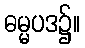
ဓမ္မပဒ၌။